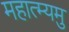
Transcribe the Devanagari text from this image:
महात्म्यमु